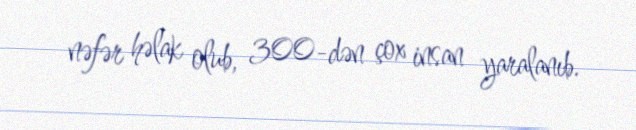
nəfər həlak olub, 300-dən çox insan yaralanıb.